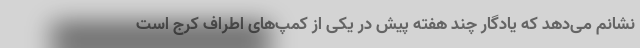
نشانم می‌دهد که یادگار چند هفته پیش در یکی از کمپ‌های اطراف کرج است